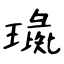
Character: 璏